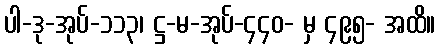
ပါ-ဒု-အုပ်-၁၁၃၊ ဋ္ဌ-မ-အုပ်-၄၄၀- မှ ၄၉၅- အထိ။